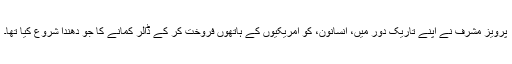
پرویز مشرف نے اپنے تاریک دور میں، انسانون، کو امریکیوں کے ہاتھوں فروخت کر کے ڈالر کمانے کا جو دھندا شروع کیا تھا۔